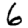
Digit: 6